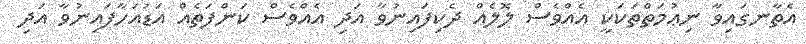
އެތާނގައިވާ ނިޢުމަތްތަކަކީ އެއްވެސް ލޮލެއް ދެކިފައިނުވާ އަދި އެއްވެސް ކަންފަތެއް އަޑުއަހާފައިނުވާ އަދި